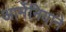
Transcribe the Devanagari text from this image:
आर्मेनियाने